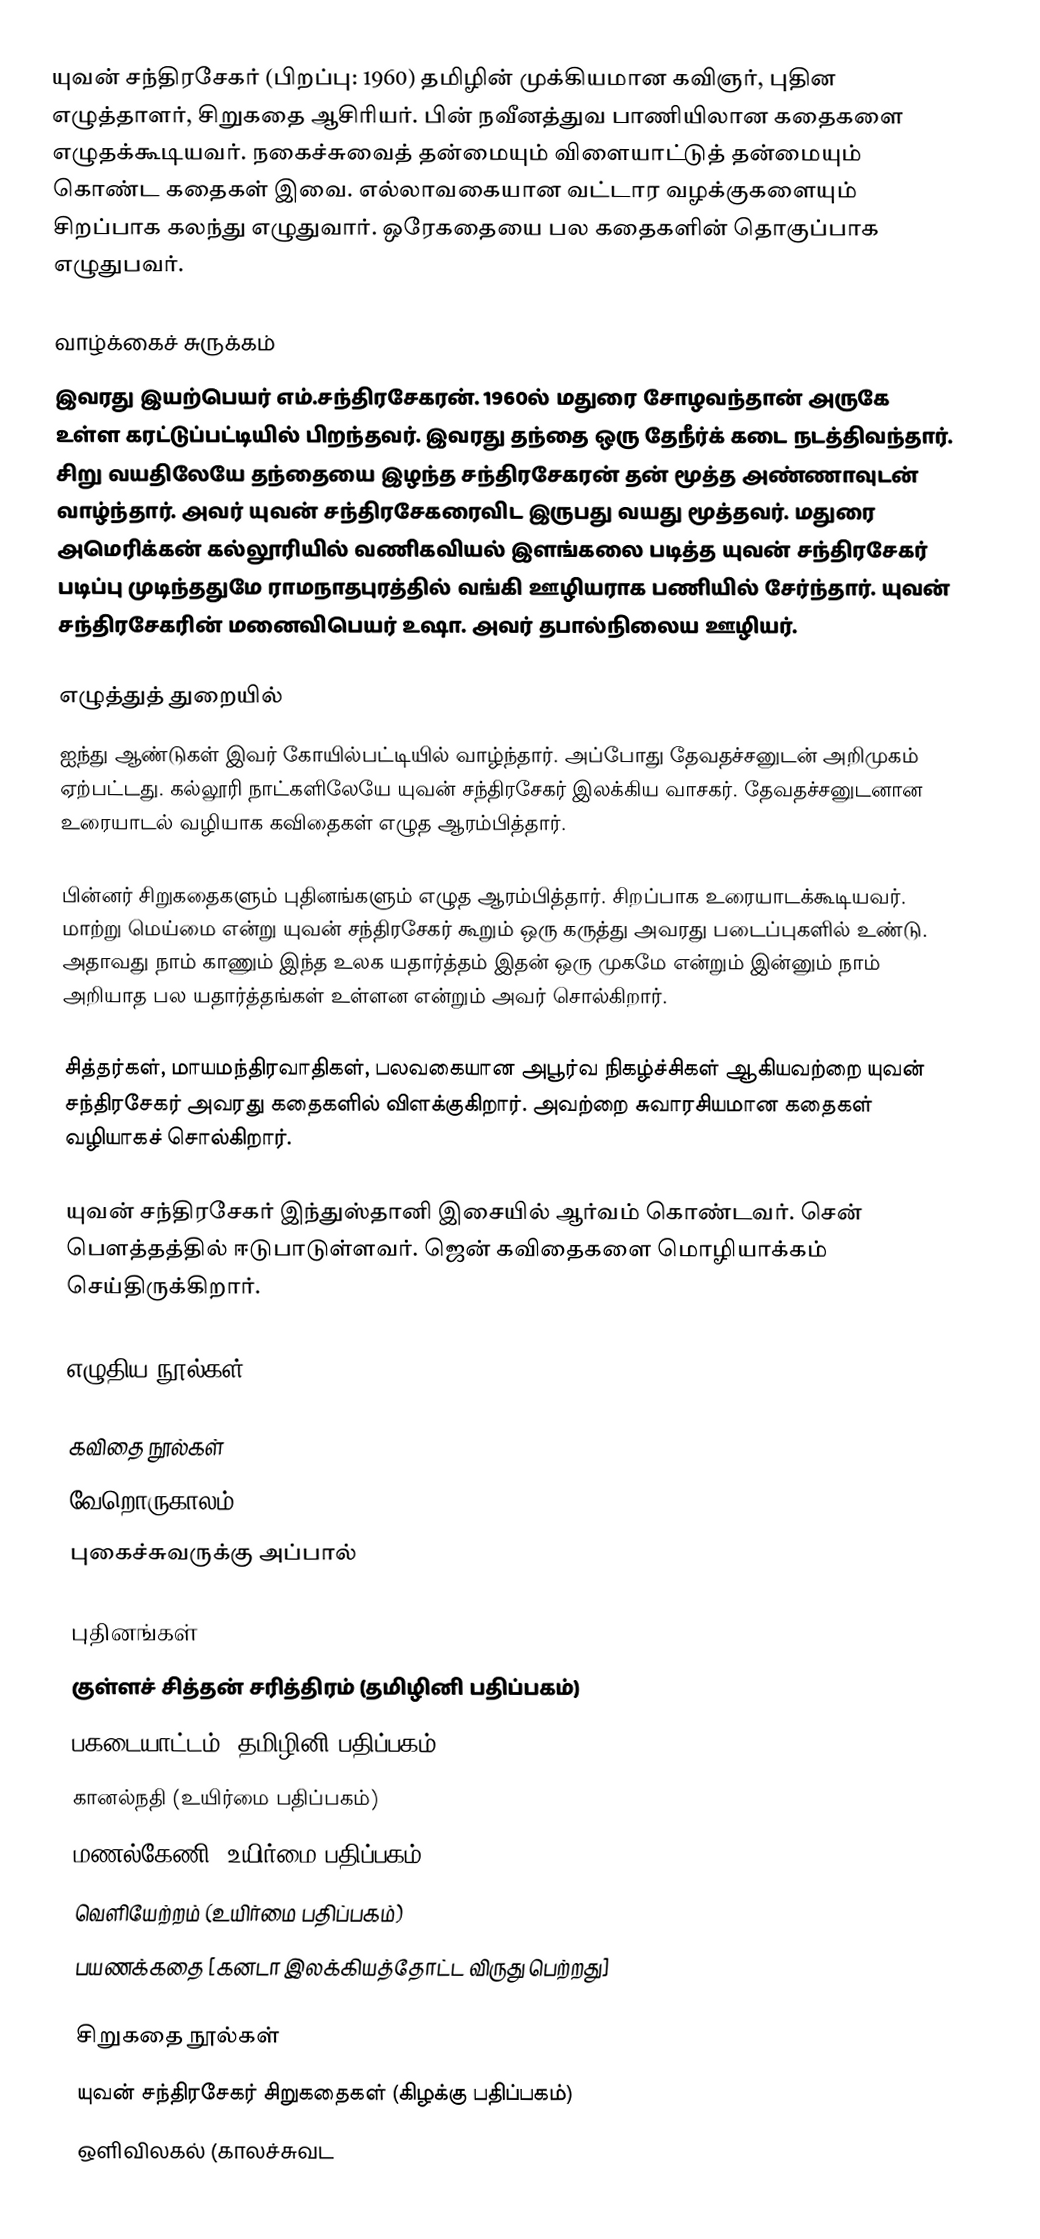
யுவன் சந்திரசேகர் (பிறப்பு: 1960) தமிழின் முக்கியமான கவிஞர், புதின எழுத்தாளர், சிறுகதை ஆசிரியர். பின் நவீனத்துவ பாணியிலான கதைகளை எழுதக்கூடியவர். நகைச்சுவைத் தன்மையும் விளையாட்டுத் தன்மையும் கொண்ட கதைகள் இவை. எல்லாவகையான வட்டார வழக்குகளையும் சிறப்பாக கலந்து எழுதுவார். ஒரேகதையை பல கதைகளின் தொகுப்பாக எழுதுபவர்.

வாழ்க்கைச் சுருக்கம்
இவரது இயற்பெயர் எம்.சந்திரசேகரன். 1960ல் மதுரை சோழவந்தான் அருகே உள்ள கரட்டுப்பட்டியில் பிறந்தவர். இவரது தந்தை ஒரு தேநீர்க் கடை நடத்திவந்தார். சிறு வயதிலேயே தந்தையை இழந்த சந்திரசேகரன் தன் மூத்த அண்ணாவுடன் வாழ்ந்தார். அவர் யுவன் சந்திரசேகரைவிட இருபது வயது மூத்தவர். மதுரை அமெரிக்கன் கல்லூரியில் வணிகவியல் இளங்கலை படித்த யுவன் சந்திரசேகர் படிப்பு முடிந்ததுமே ராமநாதபுரத்தில் வங்கி ஊழியராக பணியில் சேர்ந்தார். யுவன் சந்திரசேகரின் மனைவிபெயர் உஷா. அவர் தபால்நிலைய ஊழியர்.

எழுத்துத் துறையில்
ஐந்து ஆண்டுகள் இவர் கோயில்பட்டியில் வாழ்ந்தார். அப்போது தேவதச்சனுடன் அறிமுகம் ஏற்பட்டது.  கல்லூரி நாட்களிலேயே யுவன் சந்திரசேகர் இலக்கிய வாசகர். தேவதச்சனுடனான உரையாடல் வழியாக கவிதைகள் எழுத ஆரம்பித்தார்.

பின்னர் சிறுகதைகளும் புதினங்களும் எழுத ஆரம்பித்தார். சிறப்பாக உரையாடக்கூடியவர். மாற்று மெய்மை என்று யுவன் சந்திரசேகர் கூறும் ஒரு கருத்து அவரது படைப்புகளில் உண்டு. அதாவது நாம் காணும் இந்த உலக யதார்த்தம் இதன் ஒரு முகமே என்றும் இன்னும் நாம் அறியாத பல யதார்த்தங்கள் உள்ளன என்றும் அவர் சொல்கிறார்.

சித்தர்கள், மாயமந்திரவாதிகள், பலவகையான அபூர்வ நிகழ்ச்சிகள் ஆகியவற்றை யுவன் சந்திரசேகர் அவரது கதைகளில் விளக்குகிறார். அவற்றை சுவாரசியமான கதைகள் வழியாகச் சொல்கிறார்.

யுவன் சந்திரசேகர் இந்துஸ்தானி இசையில் ஆர்வம் கொண்டவர். சென் பௌத்தத்தில் ஈடுபாடுள்ளவர். ஜென் கவிதைகளை மொழியாக்கம் செய்திருக்கிறார்.

எழுதிய நூல்கள்

கவிதை நூல்கள்
 வேறொருகாலம்
 புகைச்சுவருக்கு அப்பால்

புதினங்கள்
 குள்ளச் சித்தன் சரித்திரம் (தமிழினி பதிப்பகம்)
 பகடையாட்டம் (தமிழினி பதிப்பகம்)
 கானல்நதி (உயிர்மை பதிப்பகம்)
 மணல்கேணி (உயிர்மை பதிப்பகம்)
 வெளியேற்றம் (உயிர்மை பதிப்பகம்)
 பயணக்கதை [கனடா இலக்கியத்தோட்ட விருது பெற்றது]

சிறுகதை நூல்கள்
 யுவன் சந்திரசேகர் சிறுகதைகள் (கிழக்கு பதிப்பகம்)
ஒளிவிலகல் (காலச்சுவட